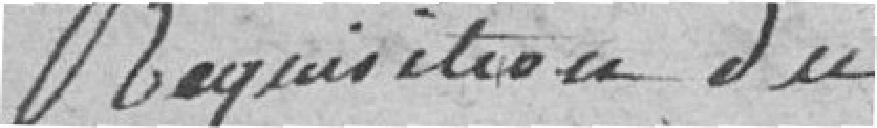
Réquisition du